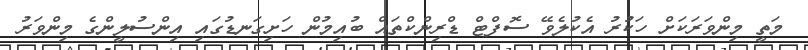
މަތީ މިންވަރަކަށް ހަކުރު އެކުލެވޭ ސޮފްޓް ޑްރިންކްތައް ބުއިމުން ހަށިގަނޑުގައި އިންސުލީންގެ މިންވަރު